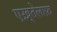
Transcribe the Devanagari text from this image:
एख़्तेलाफ़